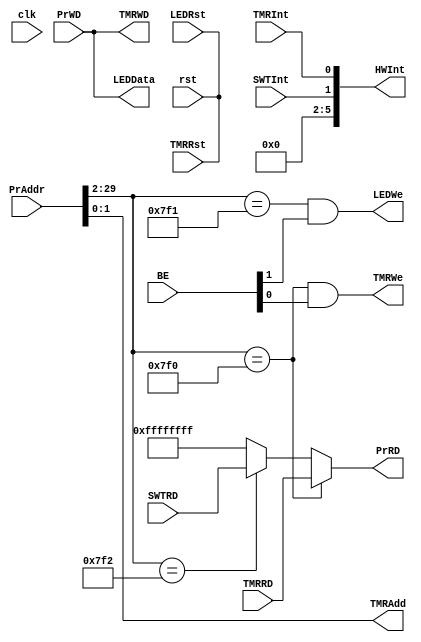
module bridge(rst, clk,BE, PrAddr, PrRD, PrWD, HWInt,LEDRst, LEDData, LEDWe,TMRRst, TMRAdd, TMRWe, TMRInt, TMRRD, TMRWD, SWTRD, SWTInt);
input [31:2] PrAddr;
input [3:0] BE;
input [31:0] PrWD, TMRRD, SWTRD;
input rst, clk,TMRInt,SWTInt,TMRRst,LEDRst;
output [1:0] TMRAdd;
output LEDWe, TMRWe;
output [31:0] LEDData, TMRWD, PrRD;
output [7:2] HWInt;
wire HitDEV0;
wire HitDEV1;
wire HitDEV2;

assign HitDEV0 = (PrAddr[31:4] == 'h7f0); // Timer
assign HitDEV1 = (PrAddr[31:4] == 'h7f1); // LED
assign HitDEV2 = (PrAddr[31:4] == 'h7f2); // Switch
assign LEDRst = rst;
assign TMRRst = rst;
assign TMRAdd[1:0] = PrAddr[3:2];
assign LEDData = PrWD;
assign TMRWD = PrWD;
assign LEDWe = HitDEV1 & BE[1];
assign TMRWe = HitDEV0 & BE[0];
assign PrRD = 	(HitDEV0)?TMRRD:
				(HitDEV2)?SWTRD:
				'hffffffff;
assign HWInt[2] = TMRInt;
assign HWInt[3] = SWTInt;
assign HWInt[7:4] = 0;

//'h1fc0 is the high 30 of 0x0000_7F00
endmodule